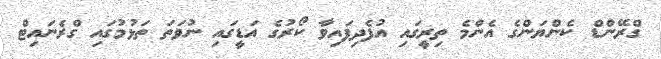
ގްރޭންޑް ކެންޔަންގެ އެންމެ ތިރީގައި އުފެދިފައިވާ ކޯރުގެ އަޑީގައި ނުވަތަ ތަޅުމުގައި ގްރެނައިޓް